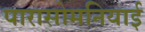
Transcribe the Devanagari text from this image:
पारासोमनियाई